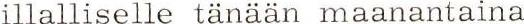
illalliselle tänään maanantaina